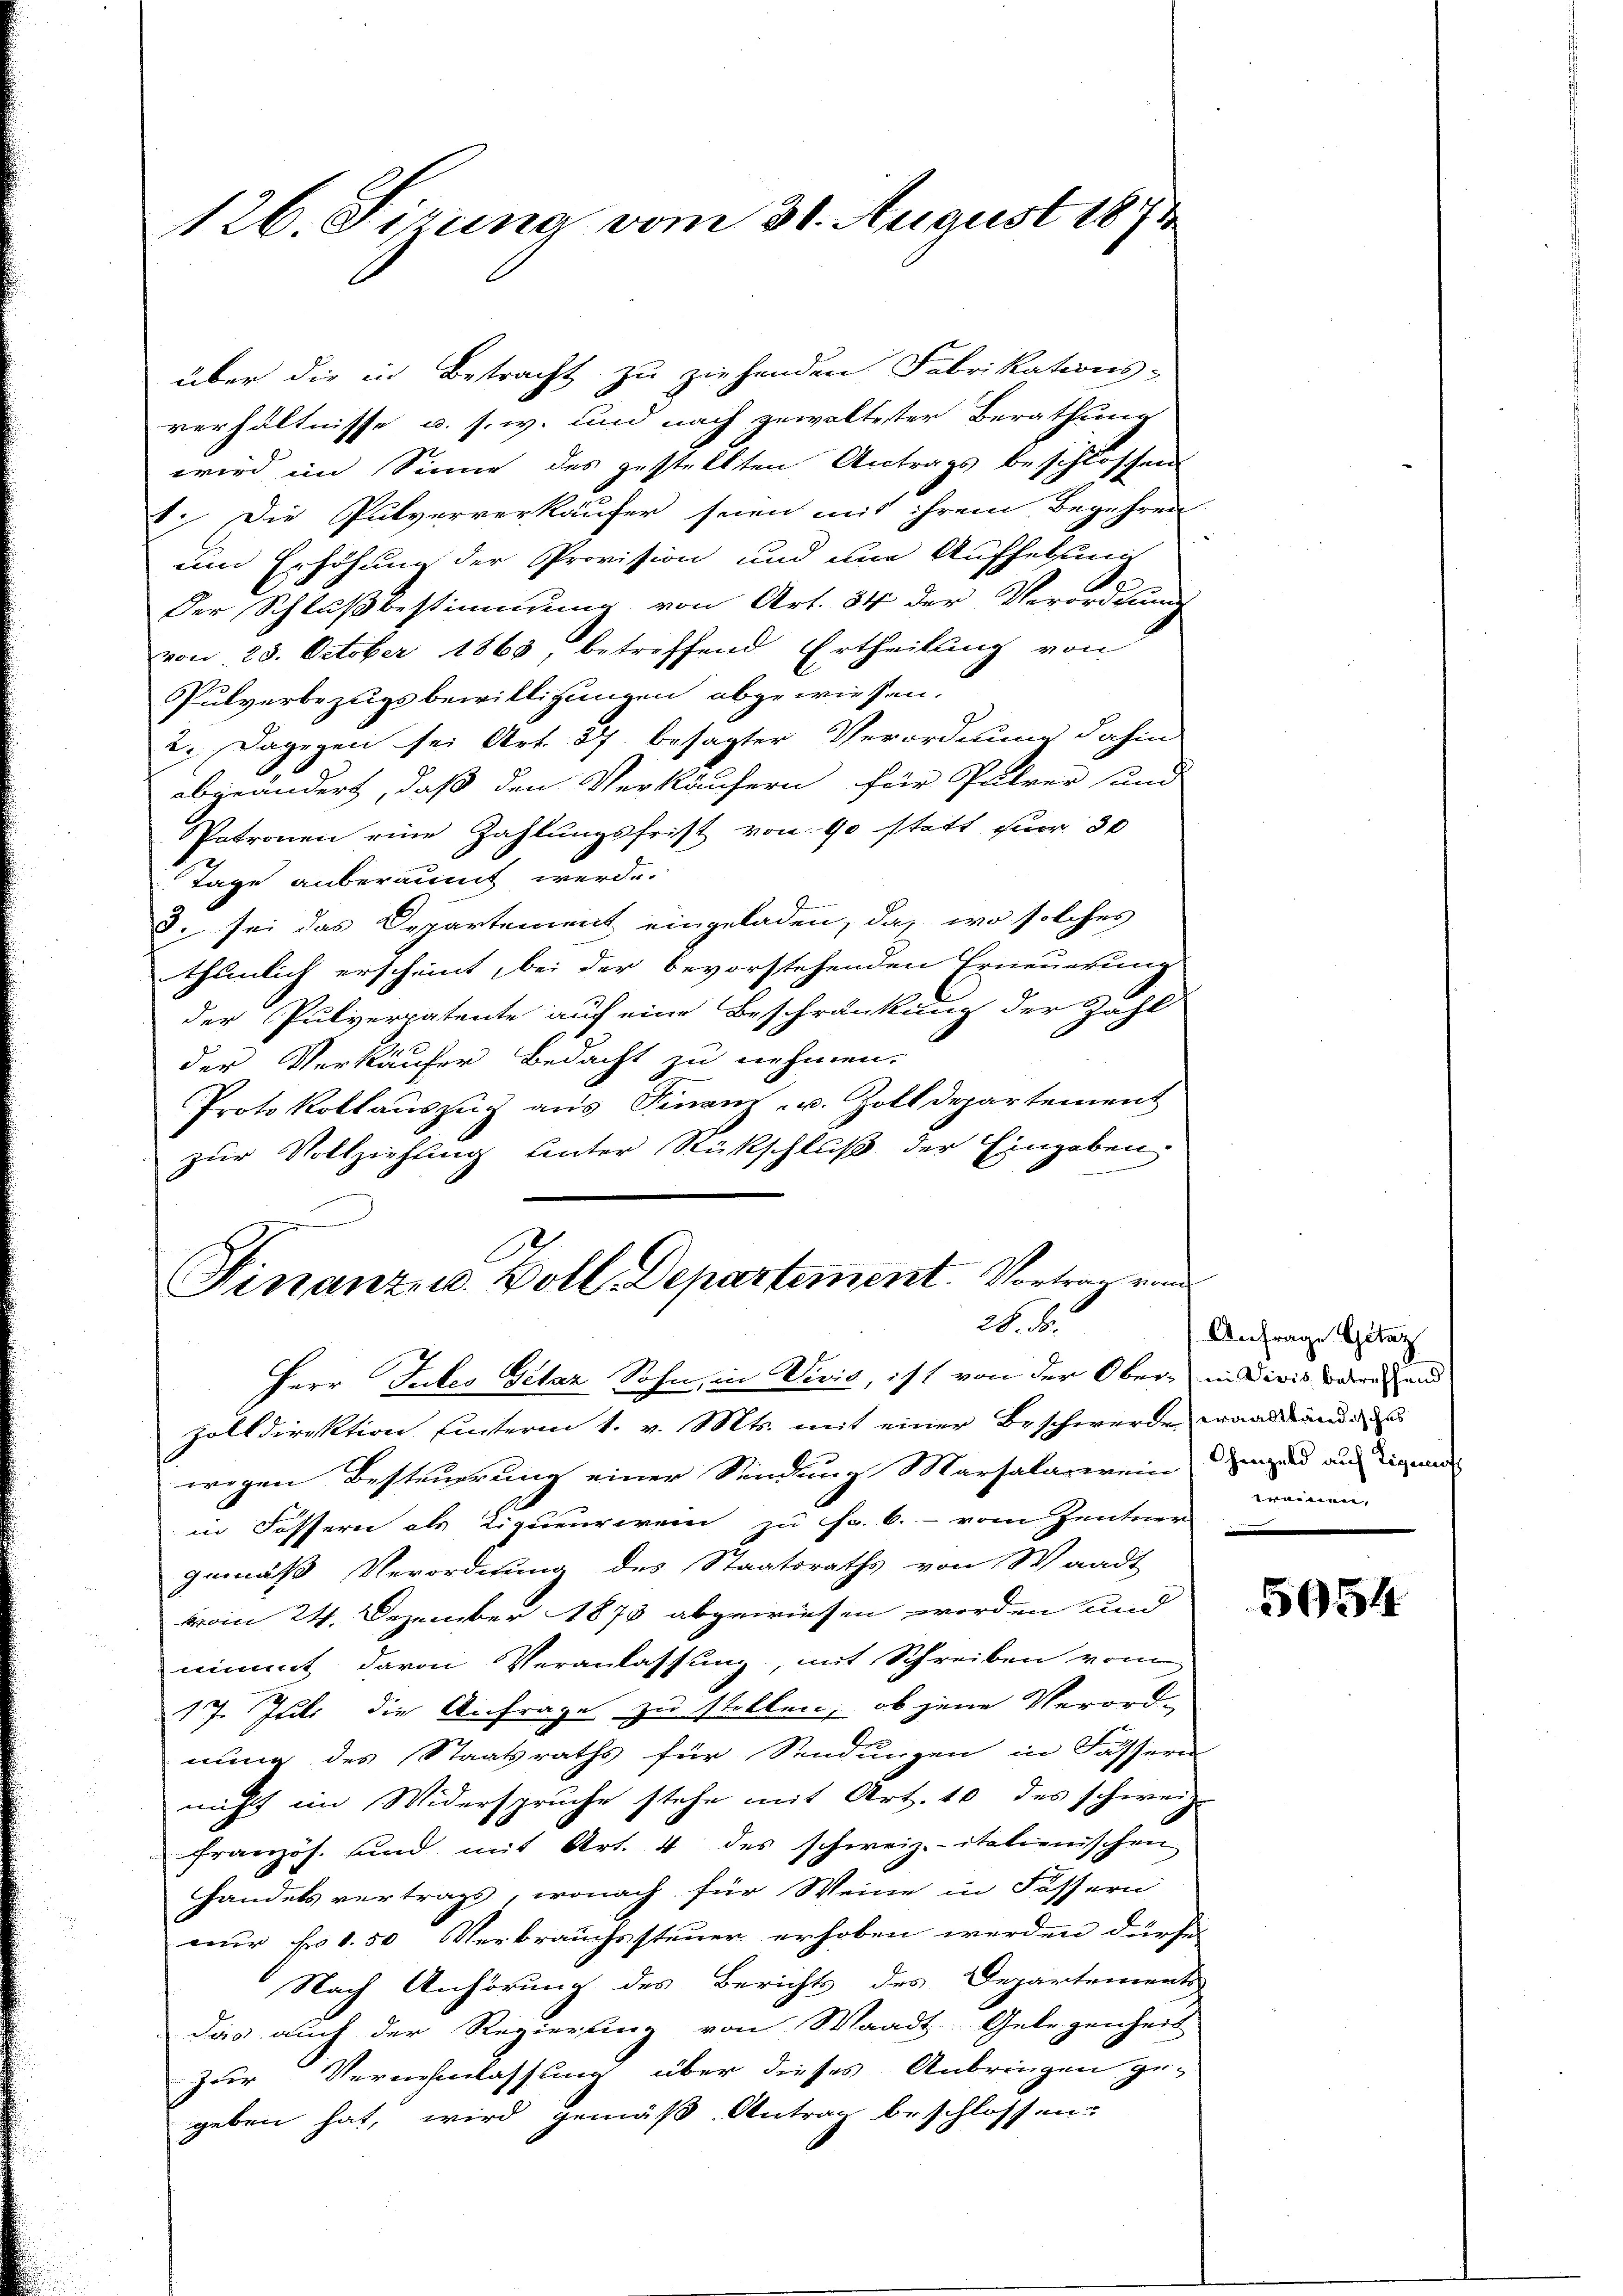
126. Sizung vom 31. August 1871

über die in Betracht zu ziehenden Fabrikations-
verhältnisse u. s. w. und nach gewaltester Berathung
wird im Sinne des gestellten Antrags beschlossen
1. Die Pulververkäufer seien mit ihrem Begehren
um Erhöhung der Provision und une Aufhebung
Der Schlußbestimmung von Art. 34 der Verordnung
von 28. October 1863, betreffend Ertheilung von
Pulverbezugsbewilligungen abgewiesen.
2. Dagegen sei Art. 37 besagter Verordnung dahin
abgeändert, daß den Verkäufern für Parer und
Patronen eine Zahlungsfrist von 90 statt für 30
Tage anberaumt werde.
3. sei das Departement eingeladen, da, wo solches
thunlich erscheint, bei der bevorstehenden Erneuerung
der Pulverpatente auf eine Beschränkung der Zahl
.
der Verkäufer Bedacht zu nehmen.
Protokollauszug aus Finanz- u. Zolldepartement
zur Vollziehung unter Rückschluß der Eingaben.
e

Finanzes Voll-Departement. Vortrag und
28. ds.
Herr Intes Getaz Sohn, in Divis, ist von der Ober- in divis rechend

zolldirektion hinterm 1. v. Mts. mit einer Beschwerde, wand und de
wegen Besteuerung einer Sindung Marsalarwein und aus Eigende
in Fessern als Liqueurien zu Fr. 6. vom Zentner
gemäß Verordnung des Staatsraths von Waadt
vom 24. Dezember 1873 abgewiesen worden und
nimmt davon Veranlassung, mit Schreiben vom
17. Juli die Anfrage zu stellen, ob jene Verord-
nung des Staatsraths für Sendungen in Fassern
nicht im Widerspruche stehe mit Art. 40 des schweiz.
französ. und mit Art. 4 des schweiz.- italienischen
handels vertrags, wonach für Weine in Fessern
nur Fr. 1.50 Verbrauchssteuer erhoben werden dürfe,
Nach Anhörung des Berichts des Departements
das auch der Regierung von Waadt, Gelegenheit
zur Vernehmlassung über dieses Anbringen ge-
geben hat, wird gemäß Antrag beschlossen:

Anfrage Gelat
erainen.

5054